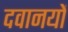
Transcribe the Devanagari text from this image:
दवानयों